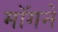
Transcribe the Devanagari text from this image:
मॉगने